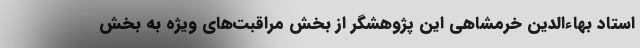
استاد بهاء‌الدین خرمشاهی این پژوهشگر از بخش مراقبت‌های ویژه به بخش